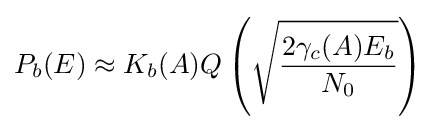
P_{b}(E)\approx K_{b}(A)Q\left({\sqrt {\frac {2\gamma _{c}(A)E_{b}}{N_{0}}}}\right)